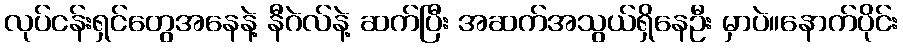
လုပ်ငန်းရှင်တွေအနေနဲ့ နီဂဲလ်နဲ့ ဆက်ပြီး အဆက်အသွယ်ရှိနေဦး မှာပဲ။နောက်ပိုင်း